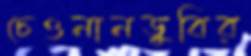
চেওনানডুবির